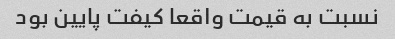
نسبت به قیمت واقعا کیفت پایین بود